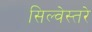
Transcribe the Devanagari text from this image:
सिल्वेस्तरे